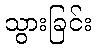
သွားခြင်း